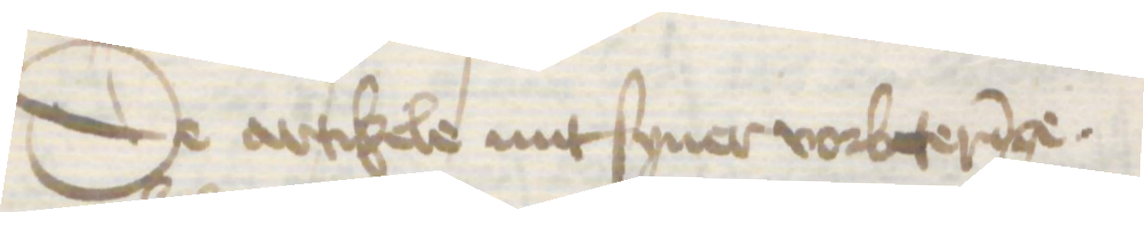
De artikele mit syner vorbeteringe.